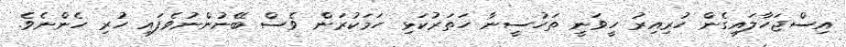
އިސްޖަހާލައިގެން ހުރިއިރު ހީވަނީ ތަހުސީނާ ހަތަރުކަޅި ހަމަކުރަން ވެސް ބޭނުންނުވެފައި ހުރި ހެންނެވެ.